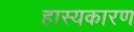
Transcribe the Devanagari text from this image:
हास्यकारण